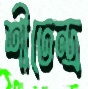
শীতেন্দ্র